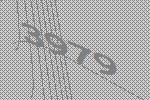
3979